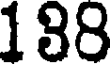
188